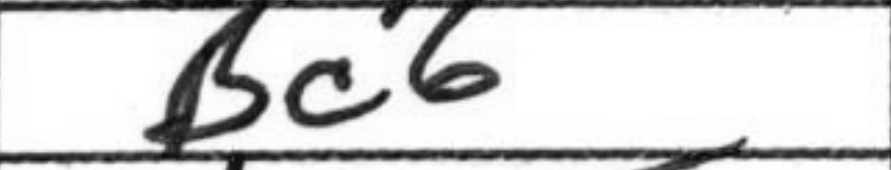
Transcription: Bc6